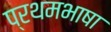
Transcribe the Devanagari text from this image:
प्रथमभाषा